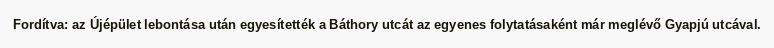
Fordítva: az Újépület lebontása után egyesítették a Báthory utcát az egyenes folytatásaként már meglévő Gyapjú utcával.